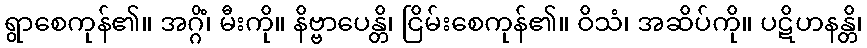
ရွာစေကုန်၏။ အဂ္ဂိံ၊ မီးကို။ နိဗ္ဗာပေန္တိ၊ ငြိမ်းစေကုန်၏။ ဝိသံ၊ အဆိပ်ကို။ ပဋိဟနန္တိ၊